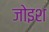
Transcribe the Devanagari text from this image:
जोइश